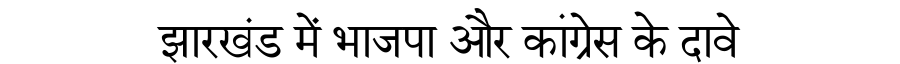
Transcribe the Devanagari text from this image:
झारखंड में भाजपा और कांग्रेस के दावे